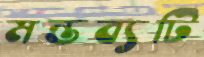
মন্তব্যটি